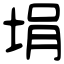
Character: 埍